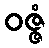
ဝဇ္ဇံ